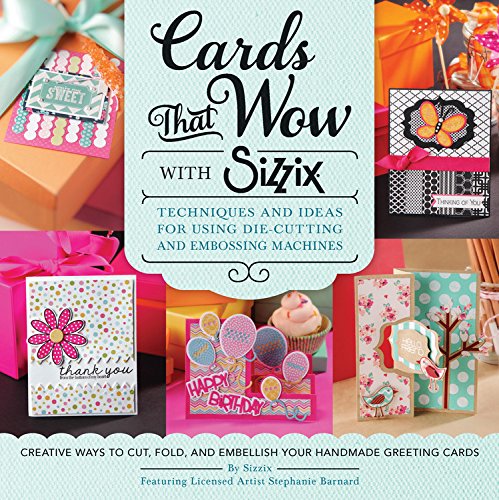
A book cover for Cards That Wow with Sizzix: Techniques and Ideas for Using Die-Cutting and Embossing Machines - Creative Ways to Cut, Fold, and Embellish Your Handmade Greeting Cards (A Cut Above); Sizzix; Crafts, Hobbies & Home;